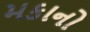
મકાનો